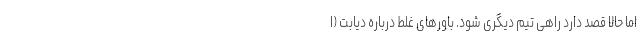
اما حالا قصد دارد راهی تیم دیگری شود. باورهای غلط درباره دیابت (ا